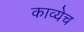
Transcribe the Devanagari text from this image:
काव्येच